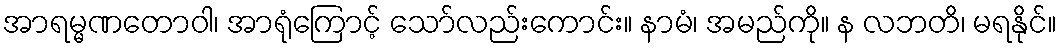
အာရမ္မဏတောဝါ၊ အာရုံကြောင့် သော်လည်းကောင်း။ နာမံ၊ အမည်ကို။ န လဘတိ၊ မရနိုင်။